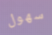
سهول